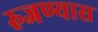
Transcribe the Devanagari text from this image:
रुजण्यास